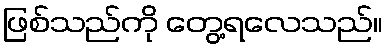
ဖြစ်သည်ကို တွေ့ရလေသည်။